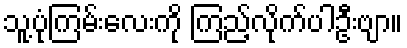
သူ့ပုံကြမ်းလေးကို ကြည့်လိုက်ပါဦးဗျာ။